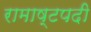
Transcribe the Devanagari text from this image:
रामाष्टपदी